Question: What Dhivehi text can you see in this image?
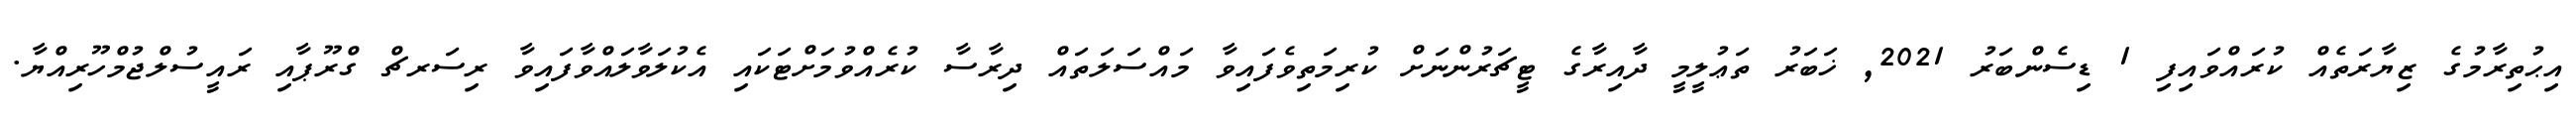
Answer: އިޙުތިރާމުގެ ޒިޔާރަތެއް ކުރައްވައިފި 1 ޑިސެންބަރު 2021, ޚަބަރު ތަޢުލީމީ ދާއިރާގެ ޓީޗަރުންނަށް ކުރިމަތިވެފައިވާ މައްސަލަތައް ދިރާސާ ކުރެއްވުމަށްޓަކައި އެކުލަވާލައްވާފައިވާ ރިސަރޗް ގްރޫޕާއި ރައީސުލްޖުމްހޫރިއްޔާ.